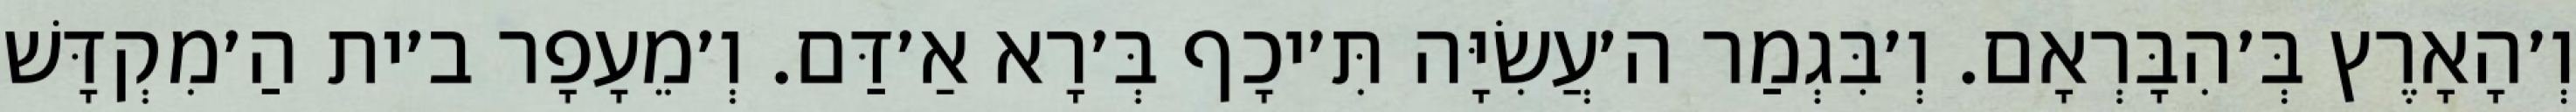
וְ׳הָאָרֶץ בְּ׳הִבָּרְאָם. וְ׳בִּגְמַר ה׳עֲשִׂיָּה תִּ׳יכָף בְּ׳רָא אַ׳דַּם. וְ׳מֵעָפָר ב׳ית הַ׳מִקְדָּשׁ